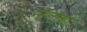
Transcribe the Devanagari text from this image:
नीताचा